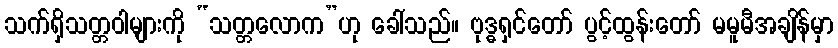
သက်ရှိသတ္တဝါများကို “သတ္တလောက”ဟု ခေါ်သည်။ ဗုဒ္ဓရှင်တော် ပွင့်ထွန်းတော် မမူမီအချိန်မှာ